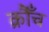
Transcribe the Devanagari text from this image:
क्रौँच